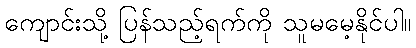
ကျောင်းသို့ ပြန်သည့်ရက်ကို သူမမေ့နိုင်ပါ။